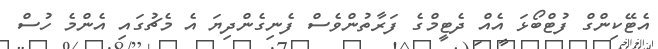
އެޓޭކިންގް ފުޓްބޯޅަ އެއް ދެޓީމްގެ ފަރާތުންވެސް ފެނިގެންދިޔަ އެ މެޗުގައި އެންމެ ހުސް